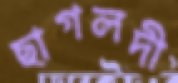
ছাগলদী